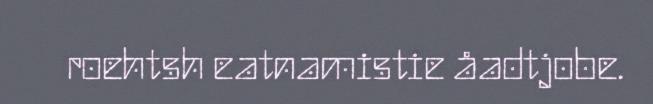
roehtsh eatnamistie åadtjobe.